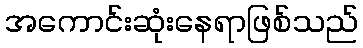
အကောင်းဆုံးနေရာဖြစ်သည်